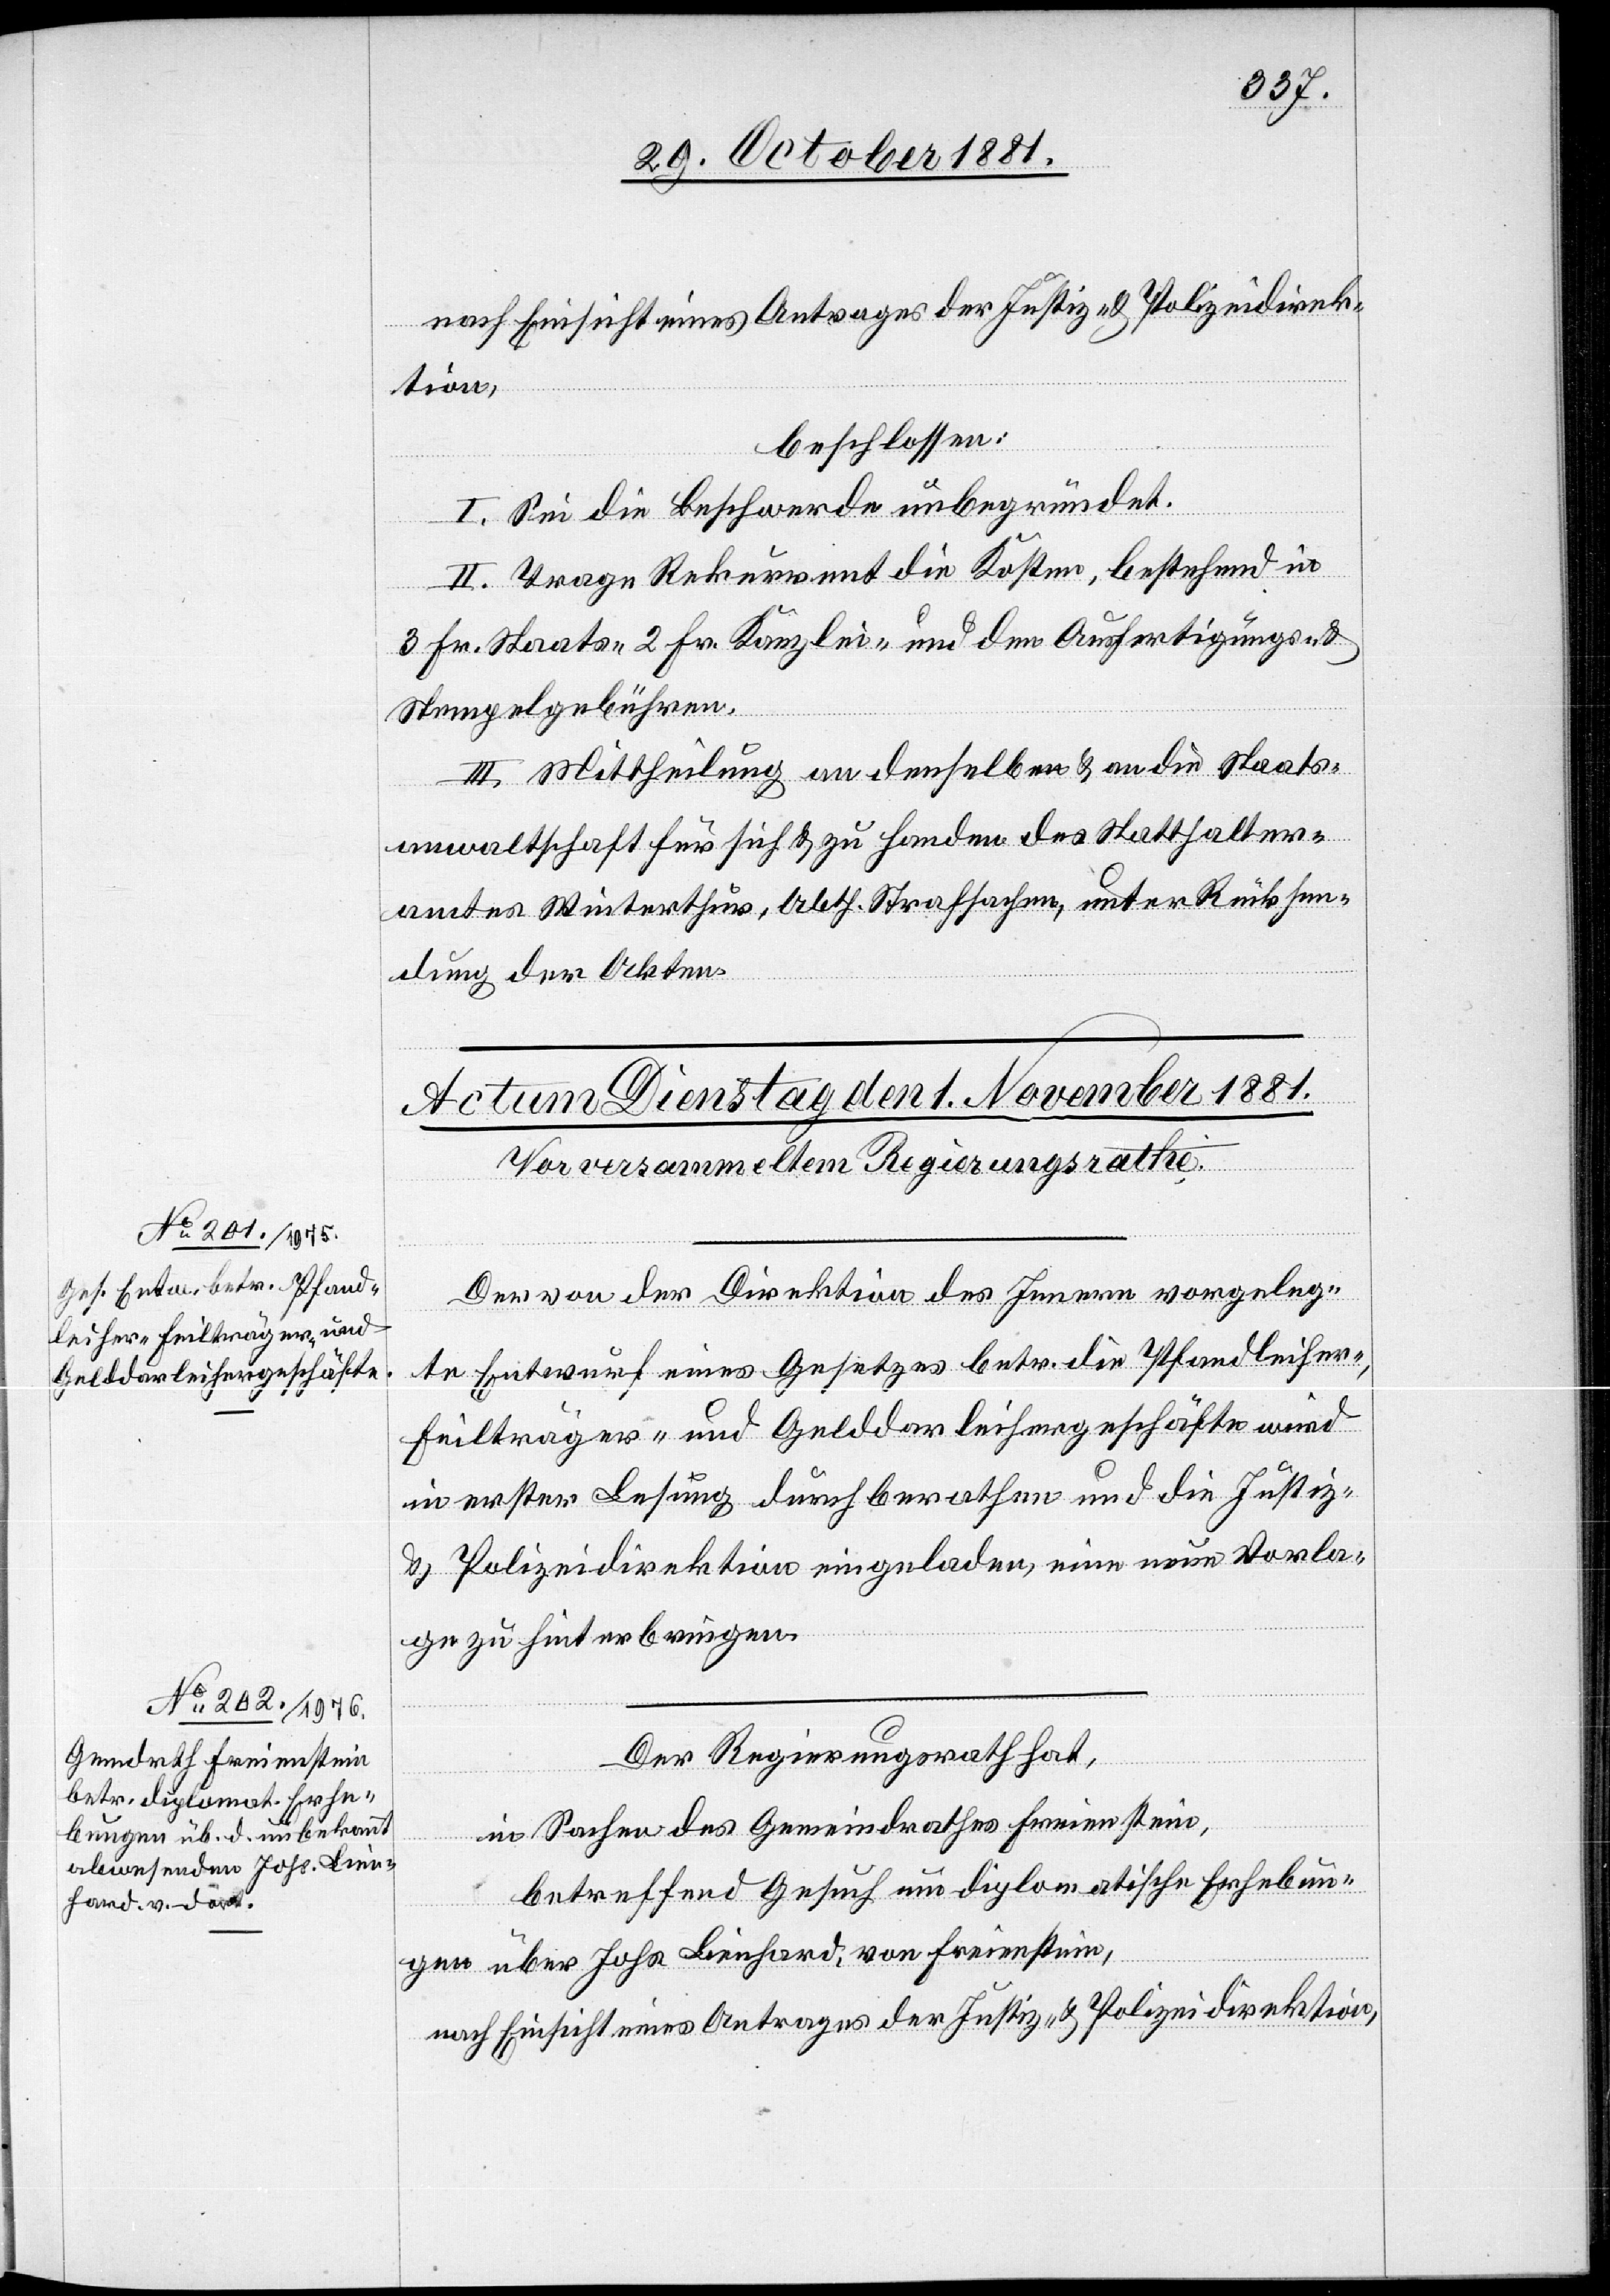
beschlossen:
I. Sei die Beschwerde unbegründet.
II. Trage Rekurrent die Kosten, bestehend in
3 Frk. Staats-[,] 2 Fr. Kanzlei- und den Ausfertigungs-
Stempelgebühren.
III. Mittheilung an denselben & an die Staats¬
anwaltschaft für sich & zu Handen des Statthalter¬
amtes Winterthur, Abth. Strafsachen, unter Rücksen¬
dung der Akten.
Der von der Direktion des Innern vorgeleg¬
te Entwurf eines Gesetzes betr. die Pfandleiher-,
Feilträger- und Gelddarleihergeschäfte wird
in erster Lesung durchberathen und die Justiz-
& Polizeidirektion eingeladen, eine neue Vorla¬
ge zu hinterbringen.
Der Regierungsrath hat,
in Sachen des Gemeindrathes Freienstein,
betreffend Gesuch um diplomatische Erhebun¬
gen über Johs. Lienhard, von Freienstein,
nach Einsicht eines Antrages der Justiz- & Polizeidirektion,